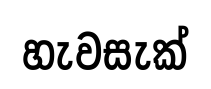
හැවසැක්